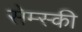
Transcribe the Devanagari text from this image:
सेम्स्की